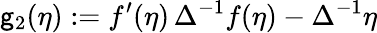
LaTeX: \mathsf{g}_{2}(\eta):=f^{\prime}(\eta)\, \Delta^{-1}f(\eta)-\Delta^{-1}\eta